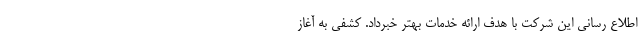
اطلاع رسانی این شرکت با هدف ارائه خدمات بهتر خبرداد. کشفی به آغاز